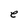
Character: e